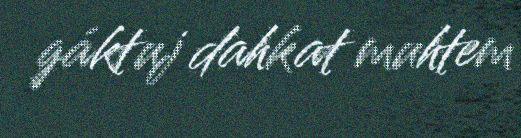
gáktuj dahkat muhtem